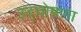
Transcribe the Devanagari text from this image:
उद्‌घोषणा